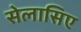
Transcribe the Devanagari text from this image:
सेलासिए